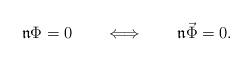
LaTeX: \begin{align*} \mathfrak{n}\Phi=0\qquad\Longleftrightarrow\qquad\mathfrak{n}\vec\Phi=0.\end{align*}